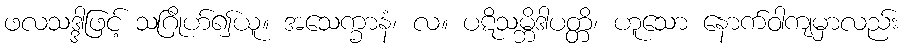
ဖလသဒ္ဒါဖြင့် သဂြိုဟ်၍ယူ။ အသေက္ခာနံ၊ လ။ ပဋိသမ္ဘိဒါပတ္တိ၊ ဟူသော နောက်ဝါကျမှာလည်း